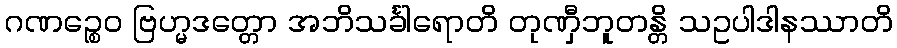
ဂဏဉ္စေဝ ဗြဟ္မဒတ္တော အဘိသင်္ခါရောတိ တုဏှီဘူတန္တိ သဥပါဒါနဿာတိ